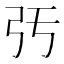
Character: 𢎰